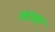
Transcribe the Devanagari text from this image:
तटवर